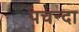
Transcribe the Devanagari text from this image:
पचन्दा